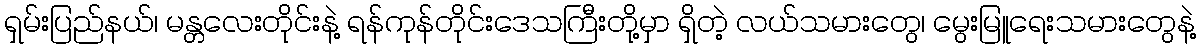
ရှမ်းပြည်နယ်၊ မန္တလေးတိုင်းနဲ့ ရန်ကုန်တိုင်းဒေသကြီးတို့မှာ ရှိတဲ့ လယ်သမားတွေ၊ မွေးမြူရေးသမားတွေနဲ့